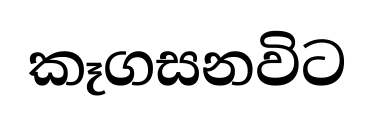
කෑගසනවිට